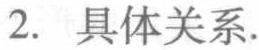
2. 具体关系.